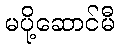
မပို့ဆောင်မီ